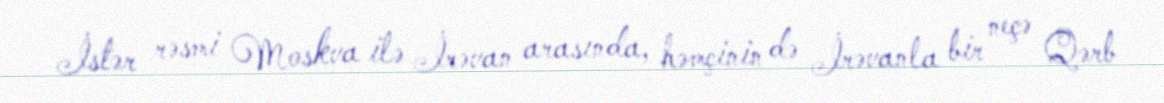
İstər rəsmi Moskva ilə İrəvan arasında, həmçinin də İrəvanla bir neçə Qərb